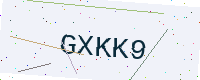
Text: GXKK9